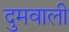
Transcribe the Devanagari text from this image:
दुमवाली